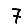
Digit: 7